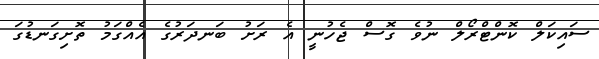
ސައިކަލް ކޮންޓްރޯލް ނުވެ ގޮސް ޖެހުނީ އެ ރަށު ބަނދަރުގެ އެއްގަމު ތޮށިގަނޑުގަ